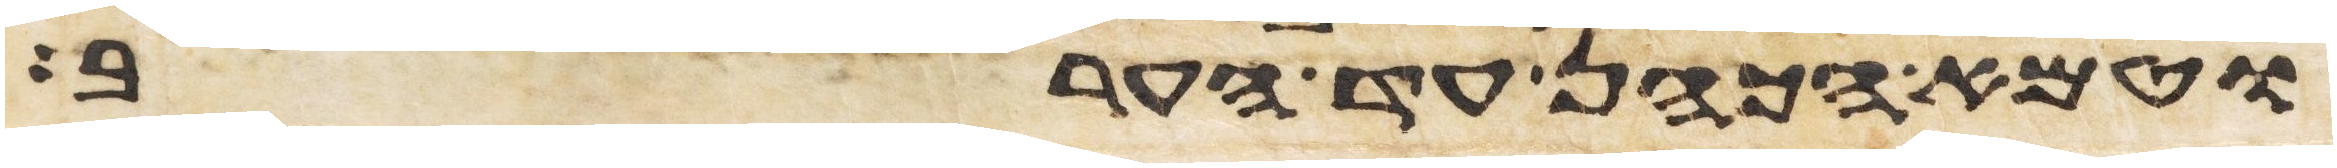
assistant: וטמא הכהן עד הערב